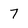
Character: 7